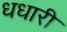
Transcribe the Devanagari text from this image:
धधारी